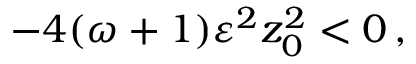
- 4 ( \omega + 1 ) \varepsilon ^ { 2 } z _ { 0 } ^ { 2 } < 0 \, ,